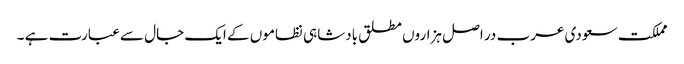
مملکت سعودی عرب در اصل ہزاروں مطلق بادشاہی نظاموں کے ایک جال سے عبارت ہے ۔